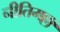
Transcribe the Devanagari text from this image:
नीतिमल्ल